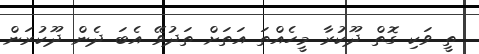
ތީ ވަކި ގޮތް ދޫކުރާ މީހެއްތަ އަތަށް ތަދުވޭ އެބަ ދެން ދޫކުރަން